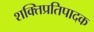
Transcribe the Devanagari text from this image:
शक्तिप्रतिपादक